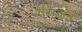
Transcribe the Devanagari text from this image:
तराजन